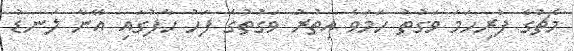
މެޗުގެ ފުރިހަމަ ވަގުތު ހަމަވެ އިތުރު ވަގުތުގެ ފަހު ހާފުގައި އޭނާ ލަނޑު